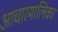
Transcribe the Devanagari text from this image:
आचारमालिका